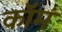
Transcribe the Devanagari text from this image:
कॉमं